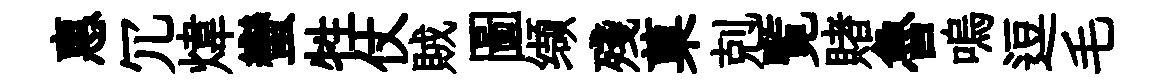
惠冗煒蠻牲仗賊圖缬殘菓剋覧賭魯嗚逗毛